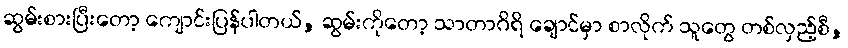
ဆွမ်းစားပြီးတော့ ကျောင်းပြန်ပါတယ်, ဆွမ်းကိုတော့ သာတာဂိရိ ချောင်မှာ စာလိုက် သူတွေ တစ်လှည့်စီ,